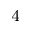
_ 4